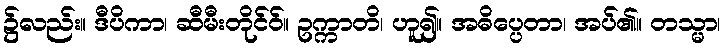
၌လည်း။ ဒီပိကာ၊ ဆီမီးတိုင်ဝ်။ ဥက္ကာတိ၊ ဟူ၍။ အဓိပ္ပေတာ၊ အပ်၏။ တသ္မာ၊